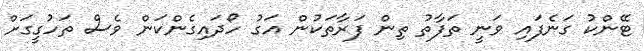
ޓޭންކު ގަނެފައި ވަނީ ތަފާތު ތިން ފަރާތަކުން އަގު ހޯދައިގެންކަން ވެސް ތަހުގީގަށް